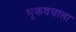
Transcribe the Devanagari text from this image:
भूकवचाला